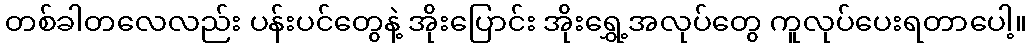
တစ်ခါတလေလည်း ပန်းပင်တွေနဲ့ အိုးပြောင်း အိုးရွှေ့အလုပ်တွေ ကူလုပ်ပေးရတာပေါ့။